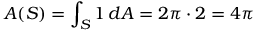
A ( S ) = \int _ { S } 1 \, d A = 2 \pi \cdot 2 = 4 \pi